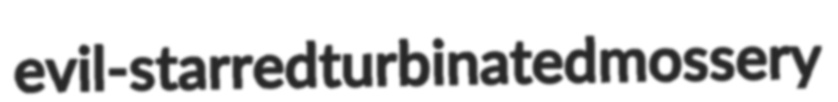
evil-starred turbinated mossery